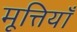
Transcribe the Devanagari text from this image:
मूत्तियाँ